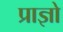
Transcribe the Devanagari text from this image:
प्राज्ञो